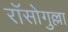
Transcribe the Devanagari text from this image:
रॉसोगुल्ला